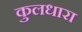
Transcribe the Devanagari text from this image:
कुलधारा